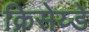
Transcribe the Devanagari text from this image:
क्रिसेय्डे